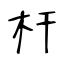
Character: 杆